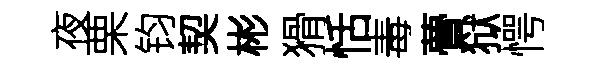
夜栗钧契彬猾恬毒瞢狱愕